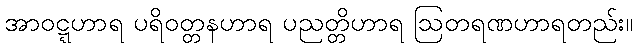
အာဝဋ္ဋဟာရ ပရိဝတ္တနဟာရ ပညတ္တိဟာရ ဩတရဏဟာရတည်း။